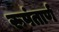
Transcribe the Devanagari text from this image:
रूपंतार्ण